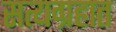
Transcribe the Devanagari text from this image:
सत्यग्रहात